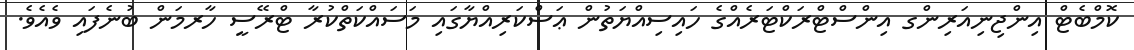
ކޮމްބެޓް އިންޖިނިއަރިންގ އިންސްޓްރަކްޓަރެއްގެ ހައިސިއްޔަތުން ޢަސްކަރިއްޔާގައި މަސައްކަތްކުރާ ޓްރޭސީ ހާރމަން ބުނެފައި ވެއެވެ.